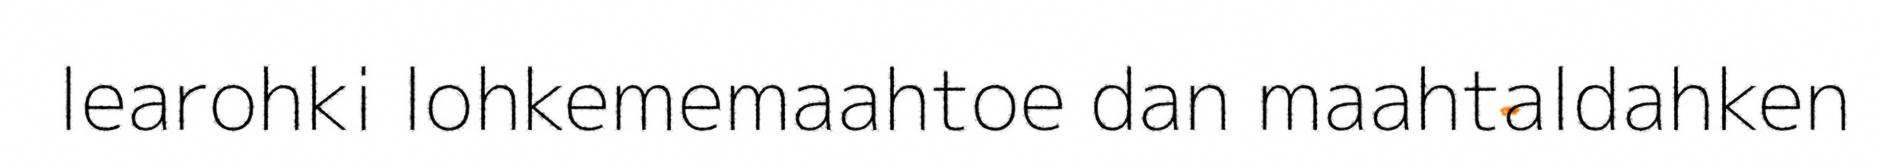
learohki lohkememaahtoe dan maahtaldahken